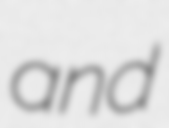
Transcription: and